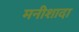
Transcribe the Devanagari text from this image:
मनीशादा